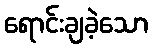
ရောင်းချခဲ့သော